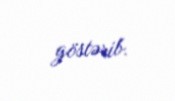
göstərib.